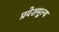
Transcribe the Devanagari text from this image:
प्रवेशमूल्य